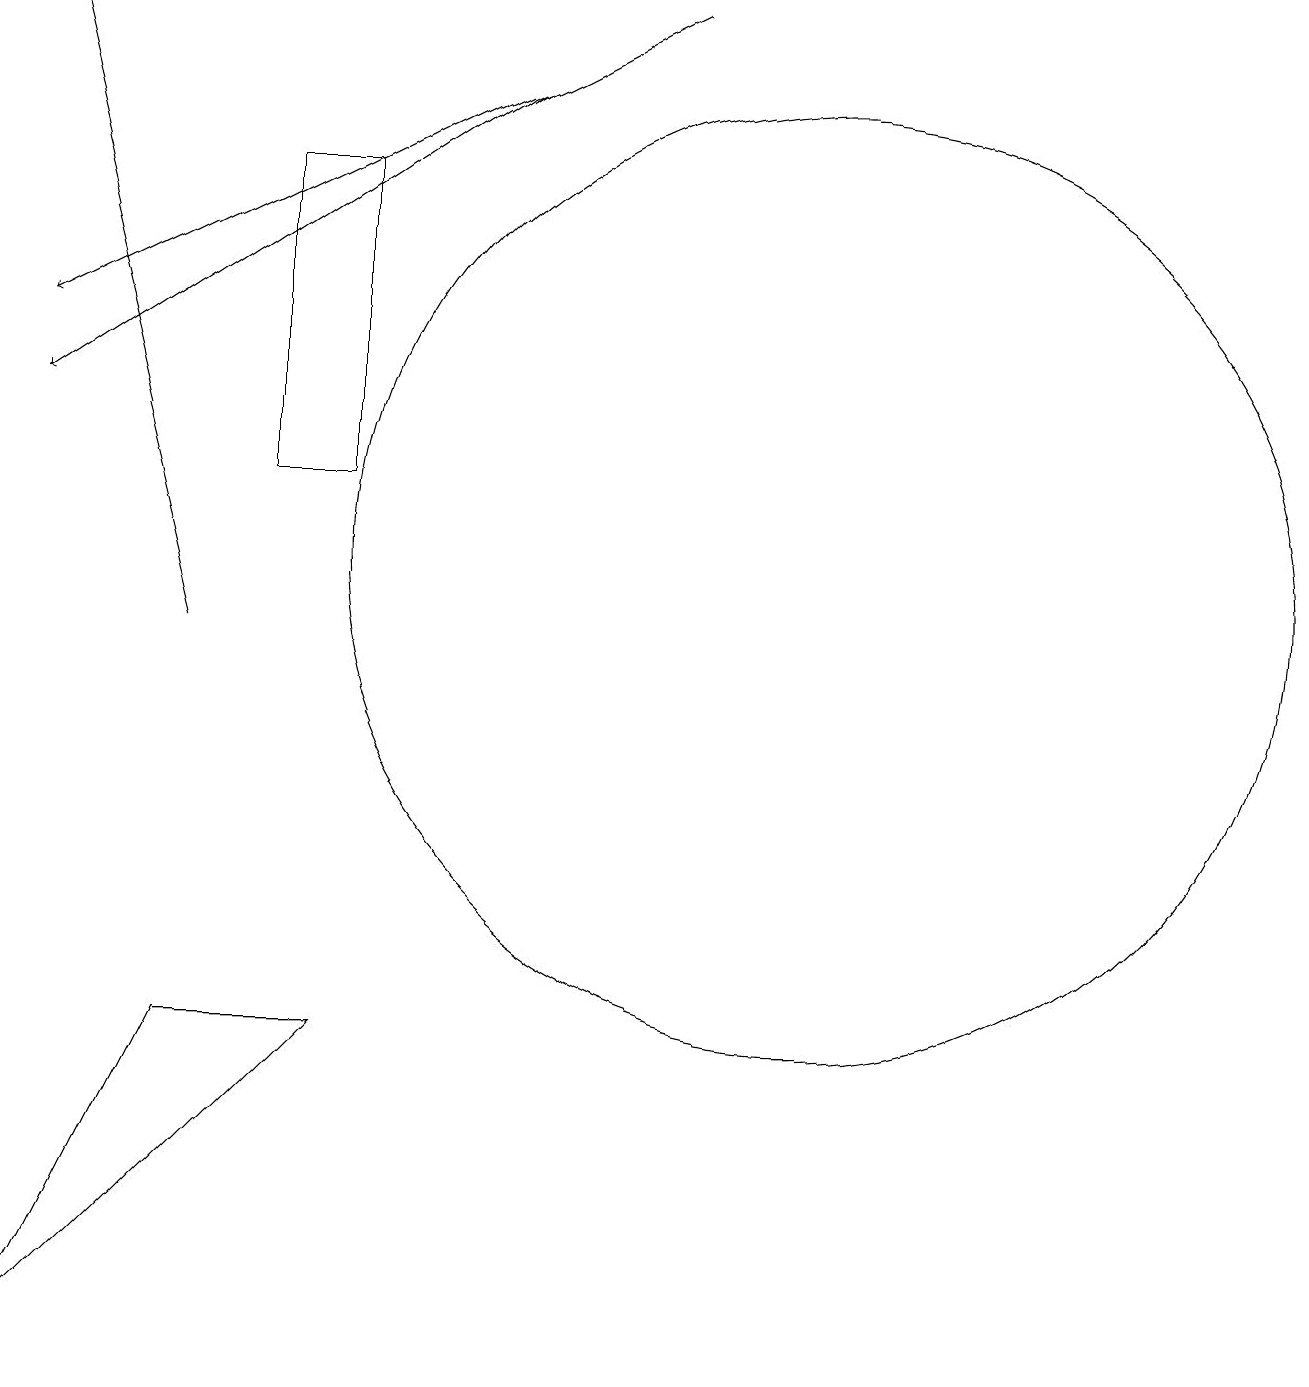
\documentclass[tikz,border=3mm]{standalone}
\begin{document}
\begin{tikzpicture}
\draw (5,16) rectangle (4,12);
\draw (11,11) circle (6);
\draw (3,5) -- (5,5) -- (1,1) -- cycle;
\draw[->] (9,18) -- (1,14);
\draw (4,15) rectangle (4,15);
\draw[->] (3,10) -- (1,18);
\draw[->] (7,17) -- (1,13);
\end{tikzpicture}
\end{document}